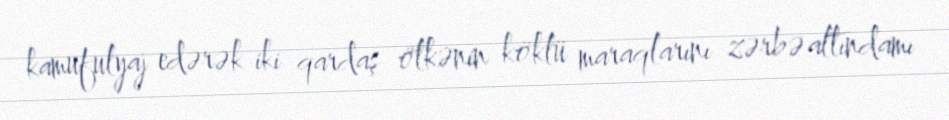
kamufulyaj edərək iki qardaş ölkənin köklü maraqlarını zərbə altındamı